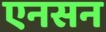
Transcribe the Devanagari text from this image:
एनसन